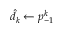
\hat { d _ { k } } \gets p _ { - 1 } ^ { k }